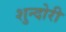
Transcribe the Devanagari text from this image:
शुन्दोरी